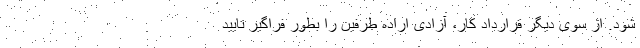
شود. از سوی دیگر قرارداد کار، آزادی اراده طرفین را بطور فراگیر تایید